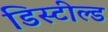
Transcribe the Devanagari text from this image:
डिस्टील्ड